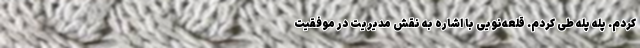
کردم. پله پله طی کردم. قلعه‌نویی با اشاره به نقش مدیریت در موفقیت